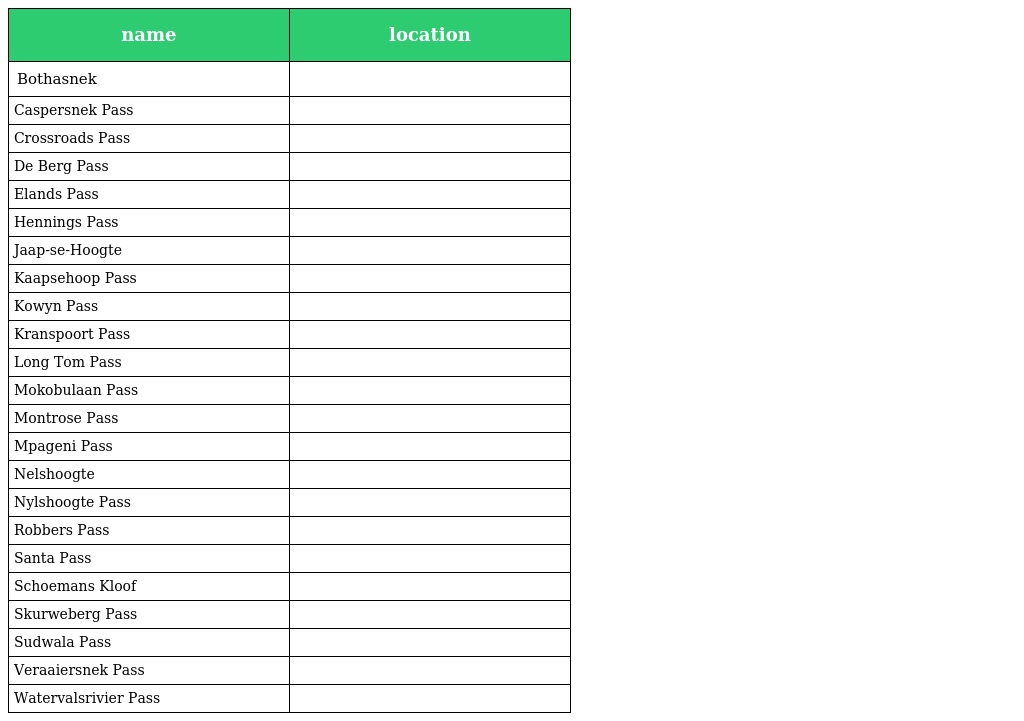
| name | location |
 | --- | --- |
 | Bothasnek |  |
 | Caspersnek Pass |  |
 | Crossroads Pass |  |
 | De Berg Pass |  |
 | Elands Pass |  |
 | Hennings Pass |  |
 | Jaap-se-Hoogte |  |
 | Kaapsehoop Pass |  |
 | Kowyn Pass |  |
 | Kranspoort Pass |  |
 | Long Tom Pass |  |
 | Mokobulaan Pass |  |
 | Montrose Pass |  |
 | Mpageni Pass |  |
 | Nelshoogte |  |
 | Nylshoogte Pass |  |
 | Robbers Pass |  |
 | Santa Pass |  |
 | Schoemans Kloof |  |
 | Skurweberg Pass |  |
 | Sudwala Pass |  |
 | Veraaiersnek Pass |  |
 | Watervalsrivier Pass |  |